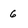
Character: 6